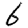
Digit: 6